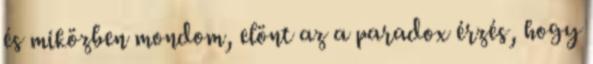
és miközben mondom, elönt az a paradox érzés, hogy